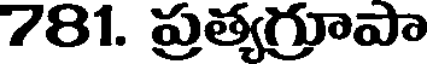
781. ప్రత్యగూపా